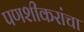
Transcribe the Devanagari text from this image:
पणशीकरांचा